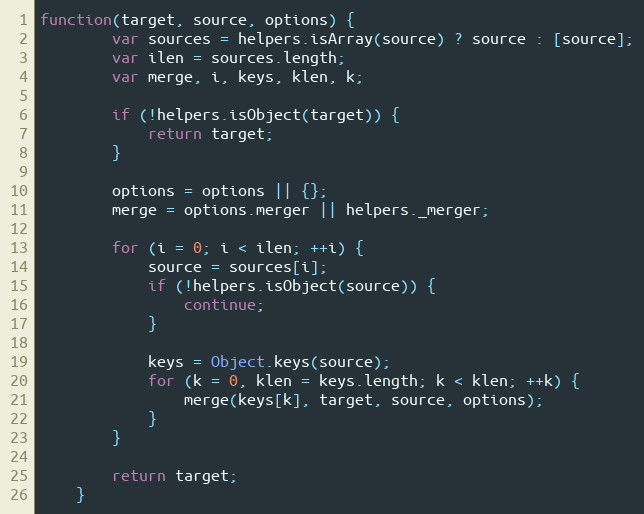
Language: JavaScript
function(target, source, options) {
		var sources = helpers.isArray(source) ? source : [source];
		var ilen = sources.length;
		var merge, i, keys, klen, k;

		if (!helpers.isObject(target)) {
			return target;
		}

		options = options || {};
		merge = options.merger || helpers._merger;

		for (i = 0; i < ilen; ++i) {
			source = sources[i];
			if (!helpers.isObject(source)) {
				continue;
			}

			keys = Object.keys(source);
			for (k = 0, klen = keys.length; k < klen; ++k) {
				merge(keys[k], target, source, options);
			}
		}

		return target;
	}